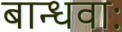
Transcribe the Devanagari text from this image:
बान्धवाः